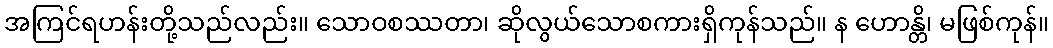
အကြင်ရဟန်းတို့သည်လည်း။ သောဝစဿတာ၊ ဆိုလွယ်သောစကားရှိကုန်သည်။ န ဟောန္တိ၊ မဖြစ်ကုန်။